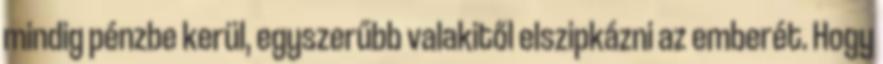
mindig pénzbe kerül, egyszerűbb valakitől elszipkázni az emberét. Hogy